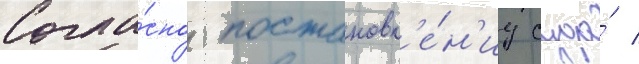
Согла́сно постановл'е́н'иу суда́ /